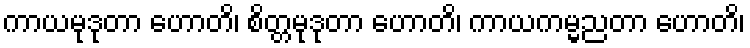
ကာယမုဒုတာ ဟောတိ၊ စိတ္တမုဒုတာ ဟောတိ၊ ကာယကမ္မညတာ ဟောတိ၊